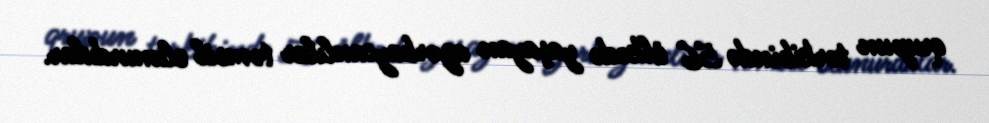
qrupun tərkibində 56 ölkədə yaşayan azərbaycanlılar təmsil olunurdular.